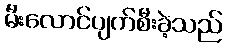
မီးလောင်ပျက်စီးခဲ့သည်